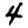
Digit: 4